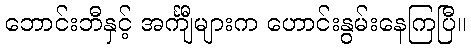
ဘောင်းဘီနှင့် အင်္ကျီများက ဟောင်းနွမ်းနေကြပြီ။